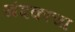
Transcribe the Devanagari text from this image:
खंदकाचा